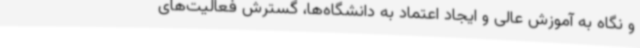
و نگاه به آموزش عالی و ایجاد اعتماد به دانشگاه‌ها، گسترش فعالیت‌های